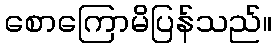
စောကြောမိပြန်သည်။